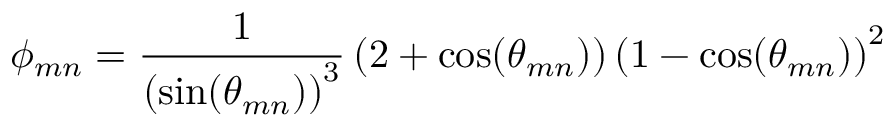
\phi _ { m n } = \frac { 1 } { \left( \sin ( \theta _ { m n } ) \right) ^ { 3 } } \left( 2 + \cos ( \theta _ { m n } ) \right) \left( 1 - \cos ( \theta _ { m n } ) \right) ^ { 2 }